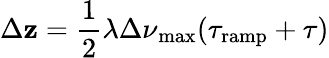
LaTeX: \Delta\mathbf{z}=\frac{{1}}{{2}}\lambda\Delta\nu\mathrm{{_{max}}}(\tau_{\mathrm{{ramp}}}+\tau)